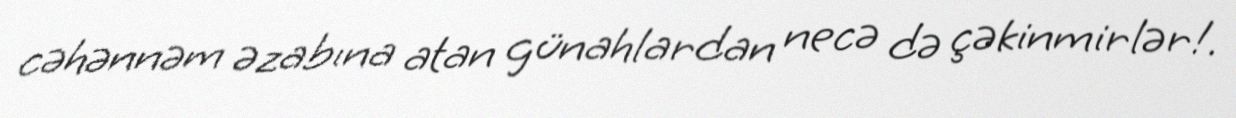
cəhənnəm əzabına atan günahlardan necə də çəkinmirlər!.